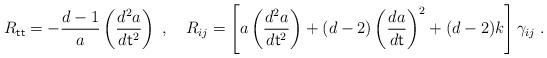
LaTeX: \begin{align*}R_{\sf tt} = -\frac{d-1}{a}\left( \frac{d^2a}{d{\sf t}^2} \right) \;, ~~~R_{ij} =\left[ a\left(\frac{d^2a}{d{\sf t}^2}\right)+(d-2)\left(\frac{da}{d\sf t}\right)^2+(d-2)k\right]\gamma_{ij} \;.\end{align*}